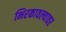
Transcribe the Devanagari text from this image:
भिरकावल्यावर